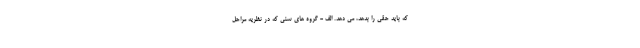
که باید حقی را بدهد، می دهد. الف - گروه های سنی که در نظریه مراحل